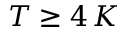
T \geq 4 \, K